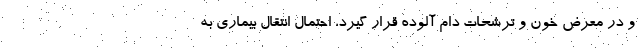
و در معرض خون و ترشحات دام آلوده قرار گیرد، احتمال انتقال بیماری به